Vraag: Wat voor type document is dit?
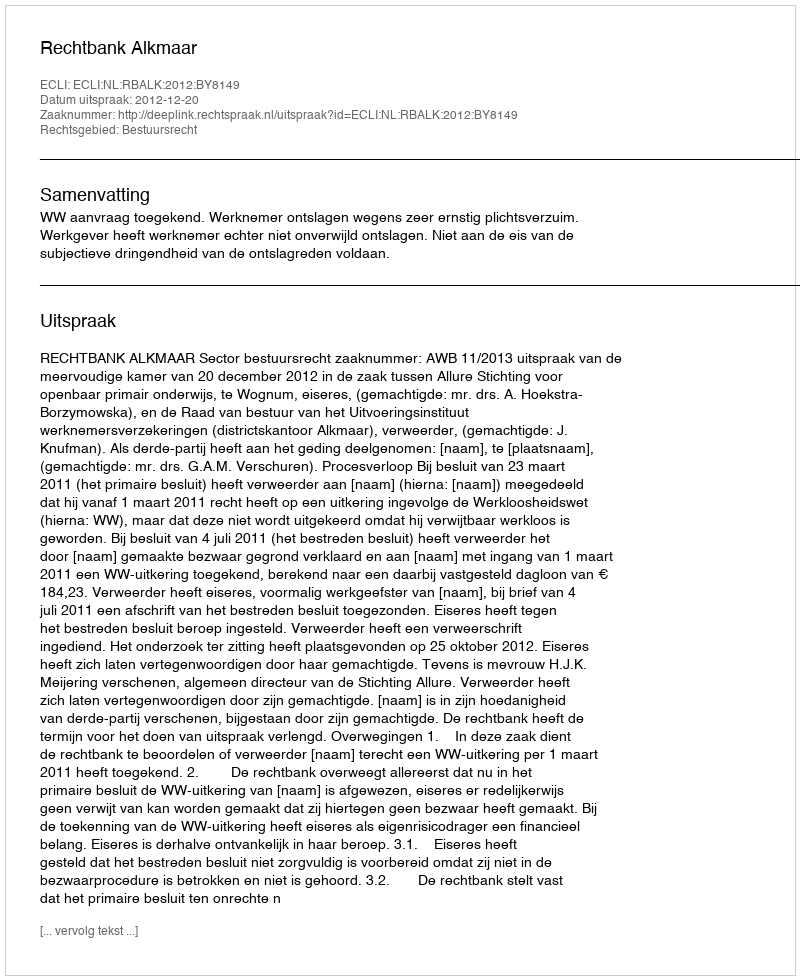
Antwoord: Uitspraak